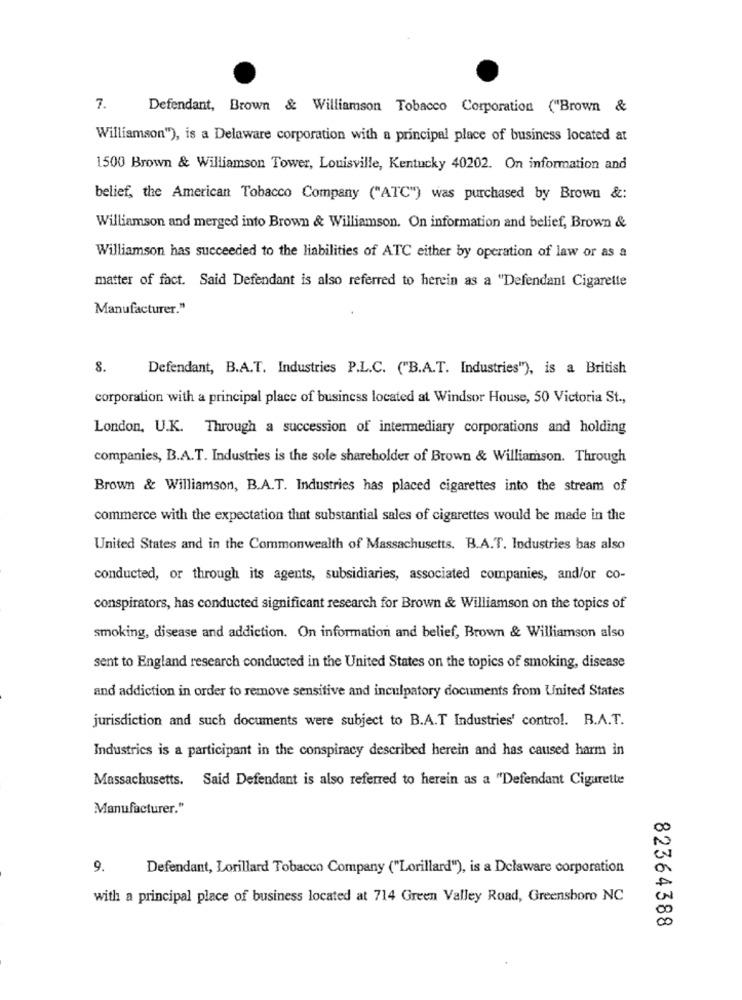
7.
Defendant, Brown & Williamson Tobacco Corporation ("Brown &
Williamson"), is a Delaware corporation with a principal place of business located at
1500 Brown & Williamson Tower, Louisville, Kentucky 40202. On information and
belief, the American Tobacco Company ("ATC") was purchased by Brown &:
Williamson and merged into Brown & Williamson. On information and belief, Brown &
Williamson has succeeded to the liabilities of ATC either by operation of law or as a
matter of fact. Said Defendant is also referred to herein as a "Defendant Cigarette
Manufacturer."
8.
Defendant, B.A.T. Industries P.L.C. ("B.A.T. Industries"), is a British
corporation with a principal place of business located at Windsor House, 50 Victoria St .,
London, U.K. Through a succession of intermediary corporations and holding
companies, B.A.T. Industries is the sole shareholder of Brown & Williamson. Through
Brown & Williamson, B.A.T. Industries has placed cigarettes into the stream of
commerce with the expectation that substantial sales of cigarettes would be made in the
United States and in the Commonwealth of Massachusetts. B.A.T. Industries has also
conducted, or through its agents, subsidiaries, associated companies, and/or co-
conspirators, has conducted significant research for Brown & Williamson on the topics of
smoking, disease and addiction. On information and belief, Brown & Williamson also
sent to England research conducted in the United States on the topics of smoking, disease
and addiction in order to remove sensitive and inculpatory documents from United States
jurisdiction and such documents were subject to B.A.T Industries' control. R.A.T.
Industries is a participant in the conspiracy described herein and has caused harm in
Massachusetts. Said Defendant is also referred to herein as a "Defendant Cigarette
Manufacturer."
9.
Defendant, Lorillard Tobacco Company ("Lorillard"), is a Delaware corporation
with a principal place of business located at 714 Green Valley Road, Greensboro NC
82364388